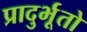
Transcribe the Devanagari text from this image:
प्रादुर्भूतो